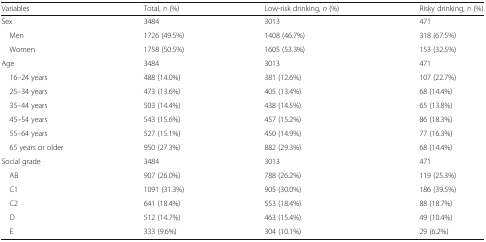
| Variables | Total, n (%) | Low-risk drinking, n (%) | Risky drinking, n (%) |
 | --- | --- | --- | --- |
 | Sex | 3484 | 3013 | 471 |
 | Men | 1726 (49.5%) | 1408 (46.7%) | 318 (67.5%) |
 | Women | 1758 (50.5%) | 1605 (53.3%) | 153 (32.5%) |
 | Age | 3484 | 3013 | 471 |
 | 16–24 years | 488 (14.0%) | 381 (12.6%) | 107 (22.7%) |
 | 25–34 years | 473 (13.6%) | 405 (13.4%) | 68 (14.4%) |
 | 35–44 years | 503 (14.4%) | 438 (14.5%) | 65 (13.8%) |
 | 45–54 years | 543 (15.6%) | 457 (15.2%) | 86 (18.3%) |
 | 55–64 years | 527 (15.1%) | 450 (14.9%) | 77 (16.3%) |
 | 65 years or older | 950 (27.3%) | 882 (29.3%) | 68 (14.4%) |
 | Social grade | 3484 | 3013 | 471 |
 | AB | 907 (26.0%) | 788 (26.2%) | 119 (25.3%) |
 | C1 | 1091 (31.3%) | 905 (30.0%) | 186 (39.5%) |
 | C2 | 641 (18.4%) | 553 (18.4%) | 88 (18.7%) |
 | D | 512 (14.7%) | 463 (15.4%) | 49 (10.4%) |
 | E | 333 (9.6%) | 304 (10.1%) | 29 (6.2%) |